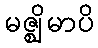
မဇ္ဈိမာပိ